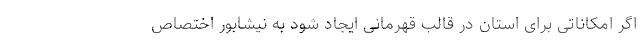
اگر امکاناتی برای استان در قالب قهرمانی ایجاد شود به نیشابور اختصاص